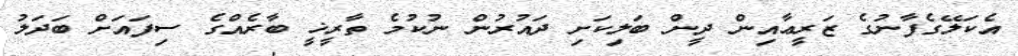
އެކަލޭގެފާނުގެ ޒަރީޢާއިން ދީން ބަލިކަށި ދައުރުން ނުކުމެ ތާރީޚީ ބާރެއްގެ ސިފައަށް ބަދަލު